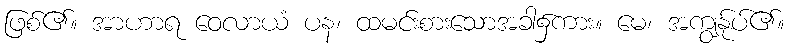
ဖြစ်၏။ အာဟာရ ဝေလာယံ ပန၊ ထမင်းစားသောအခါ၌ကား။ မေ၊ အကျွန်ုပ်၏။